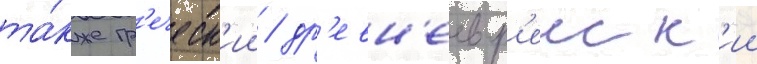
та́кже гр'еческ'ии / др'евн'еевр'еиск'ии